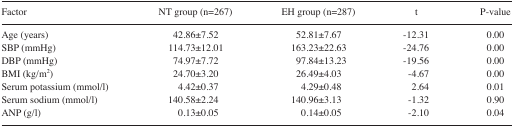
<table><thead><tr><td><b>Factor</b></td><td><b>NT group (n=267)</b></td><td><b>EH group (n=287)</b></td><td><b>t</b></td><td><b>P-value</b></td></tr></thead><tbody><tr><td>Age (years)</td><td>42.86±7.52</td><td>52.81±7.67</td><td>−12.31</td><td>0.00</td></tr><tr><td>SBP (mmHg)</td><td>114.73±12.01</td><td>163.23±22.63</td><td>−24.76</td><td>0.00</td></tr><tr><td>DBP (mmHg)</td><td>74.97±7.72</td><td>97.84±13.23</td><td>−19.56</td><td>0.00</td></tr><tr><td>BMI (kg/m<sup>2</sup>)</td><td>24.70±3.20</td><td>26.49±4.03</td><td>−4.67</td><td>0.00</td></tr><tr><td>Serum potassium (mmol/l)</td><td>4.42±0.37</td><td>4.29±0.48</td><td>2.64</td><td>0.01</td></tr><tr><td>Serum sodium (mmol/l)</td><td>140.58±2.24</td><td>140.96±3.13</td><td>−1.32</td><td>0.90</td></tr><tr><td>ANP (g/l)</td><td>0.13±0.05</td><td>0.14±0.05</td><td>−2.10</td><td>0.04</td></tr></tbody></table>